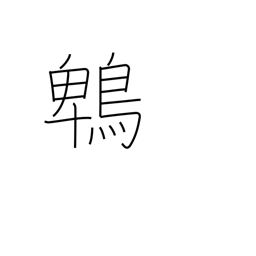
Meaning: brown eared bulbul